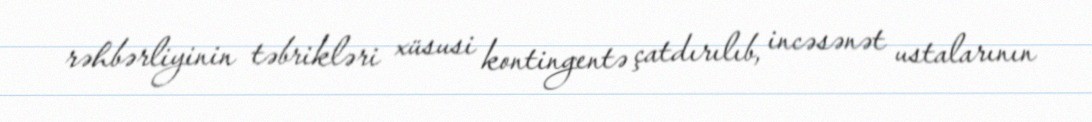
rəhbərliyinin təbrikləri xüsusi kontingentə çatdırılıb, incəsənət ustalarının